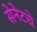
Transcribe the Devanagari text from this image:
सेनेटचे